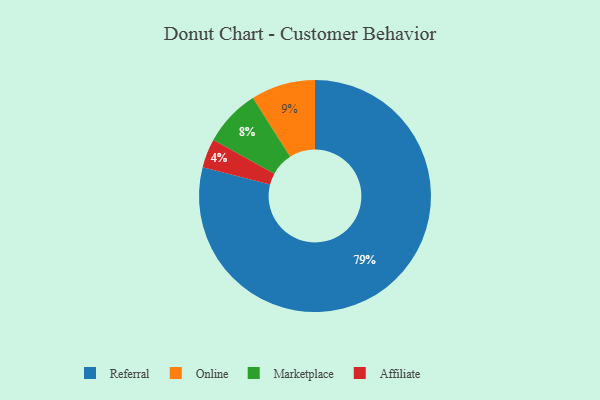
{"axis": {"x": "Category", "y": "Percentage"}, "legend": ["Affiliate", "Marketplace", "Online", "Referral"], "data": [{"x": "Marketplace", "y": 8, "type": "Marketplace"}, {"x": "Referral", "y": 79, "type": "Referral"}, {"x": "Affiliate", "y": 4, "type": "Affiliate"}, {"x": "Online", "y": 9, "type": "Online"}]}